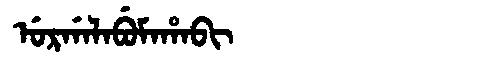
Manchu: ᡠᡵᡤᠠᠯᠠᠪᡠᠮᠠᡥᠠᠪᡳ
Romanization: URGALABUMAHABI